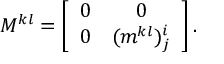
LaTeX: M ^ { k l } = \left[ \begin{array} { c c } { { 0 } } & { { 0 } } \\ { { 0 } } & { { ( m ^ { k l } ) _ { j } ^ { i } } } \end{array} \right] .